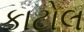
કાટોલ